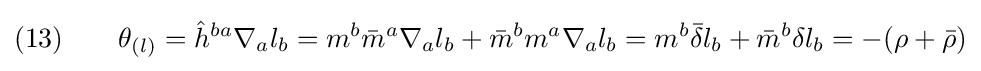
(13)\qquad \theta _{(l)}={\hat {h}}^{ba}\nabla _{a}l_{b}=m^{b}{\bar {m}}^{a}\nabla _{a}l_{b}+{\bar {m}}^{b}m^{a}\nabla _{a}l_{b}=m^{b}{\bar {\delta }}l_{b}+{\bar {m}}^{b}\delta l_{b}=-(\rho +{\bar {\rho }})